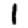
Digit: 1